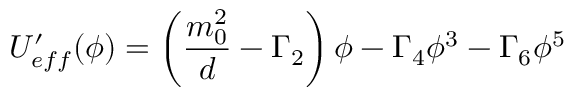
U _ { e f f } ^ { \prime } ( \phi ) = \left( \frac { m _ { 0 } ^ { 2 } } { d } - \Gamma _ { 2 } \right) \phi - \Gamma _ { 4 } \phi ^ { 3 } - \Gamma _ { 6 } \phi ^ { 5 }